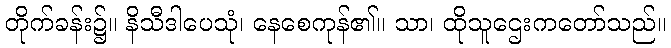
တိုက်ခန်း၌။ နိသီဒါပေသုံ၊ နေစေကုန်၏။ သာ၊ ထိုသူဌေးကတော်သည်။